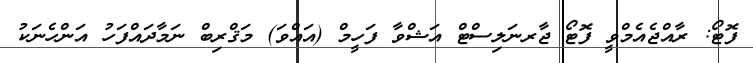
ފޮޓޯ: ރާއްޖެއެމްވީ ފޮޓޯ ޖާރނަލިސްޓް އަޝްވާ ފަހީމް (އައްވަ) މަޤްރިބް ނަމާދައްފަހު އަންހެނަކު